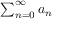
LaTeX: \textstyle \sum _ { n = 0 } ^ { \infty } a _ { n }